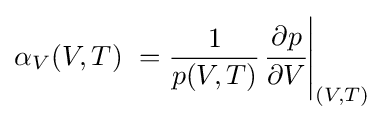
\alpha _{V}(V,T)\ ={\frac {1}{p(V,T)}}{\left.{\cfrac {\partial p}{\partial V}}\right|_{(V,T)}}